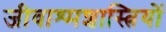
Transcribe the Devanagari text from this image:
जीवाश्मशास्त्रियों